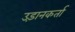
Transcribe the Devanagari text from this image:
उड़ानकर्ता